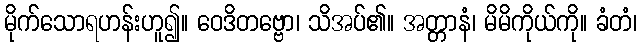
မိုက်သောရဟန်းဟူ၍။ ဝေဒိတဗ္ဗော၊ သိအပ်၏။ အတ္တာနံ၊ မိမိကိုယ်ကို။ ခံတံ၊